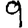
Digit: 9